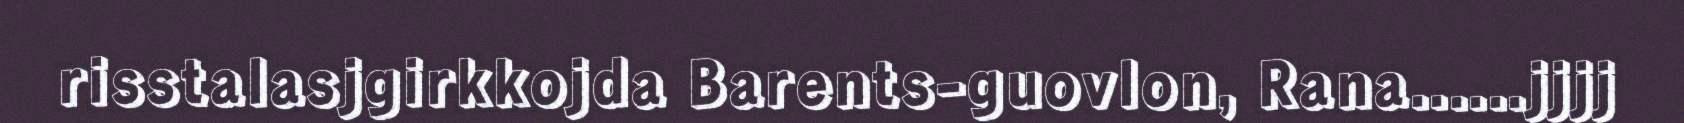
risstalasjgirkkojda Barents-guovlon, Rana......jjjj